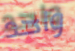
واحد